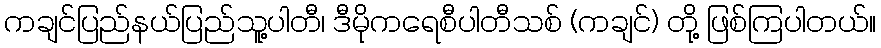
ကချင်ပြည်နယ်ပြည်သူ့ပါတီ၊ ဒီမိုကရေစီပါတီသစ် (ကချင်) တို့ ဖြစ်ကြပါတယ်။